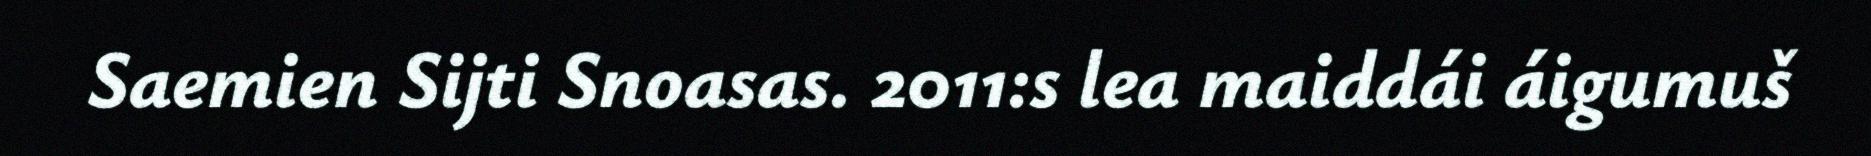
Saemien Sijti Snoasas. 2011:s lea maiddái áigumuš